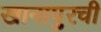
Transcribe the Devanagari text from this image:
खानापुरची